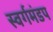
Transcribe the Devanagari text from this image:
स्वर्गमंडप